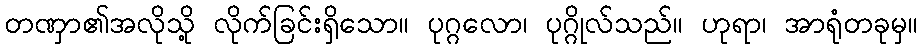
တဏှာ၏အလိုသို့ လိုက်ခြင်းရှိသော။ ပုဂ္ဂလော၊ ပုဂ္ဂိုလ်သည်။ ဟုရာ၊ အာရုံတခုမှ။